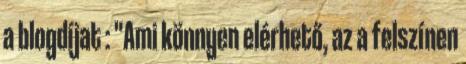
a blogdíjat : "Ami könnyen elérhető, az a felszínen